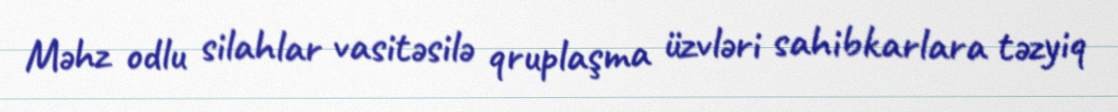
Məhz odlu silahlar vasitəsilə qruplaşma üzvləri sahibkarlara təzyiq